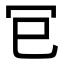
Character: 𭁳